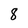
Character: 8